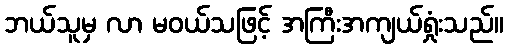
ဘယ်သူမှ လာ မဝယ်သဖြင့် အကြီးအကျယ်ရှုံးသည်။